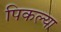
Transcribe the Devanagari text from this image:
पिकल्या